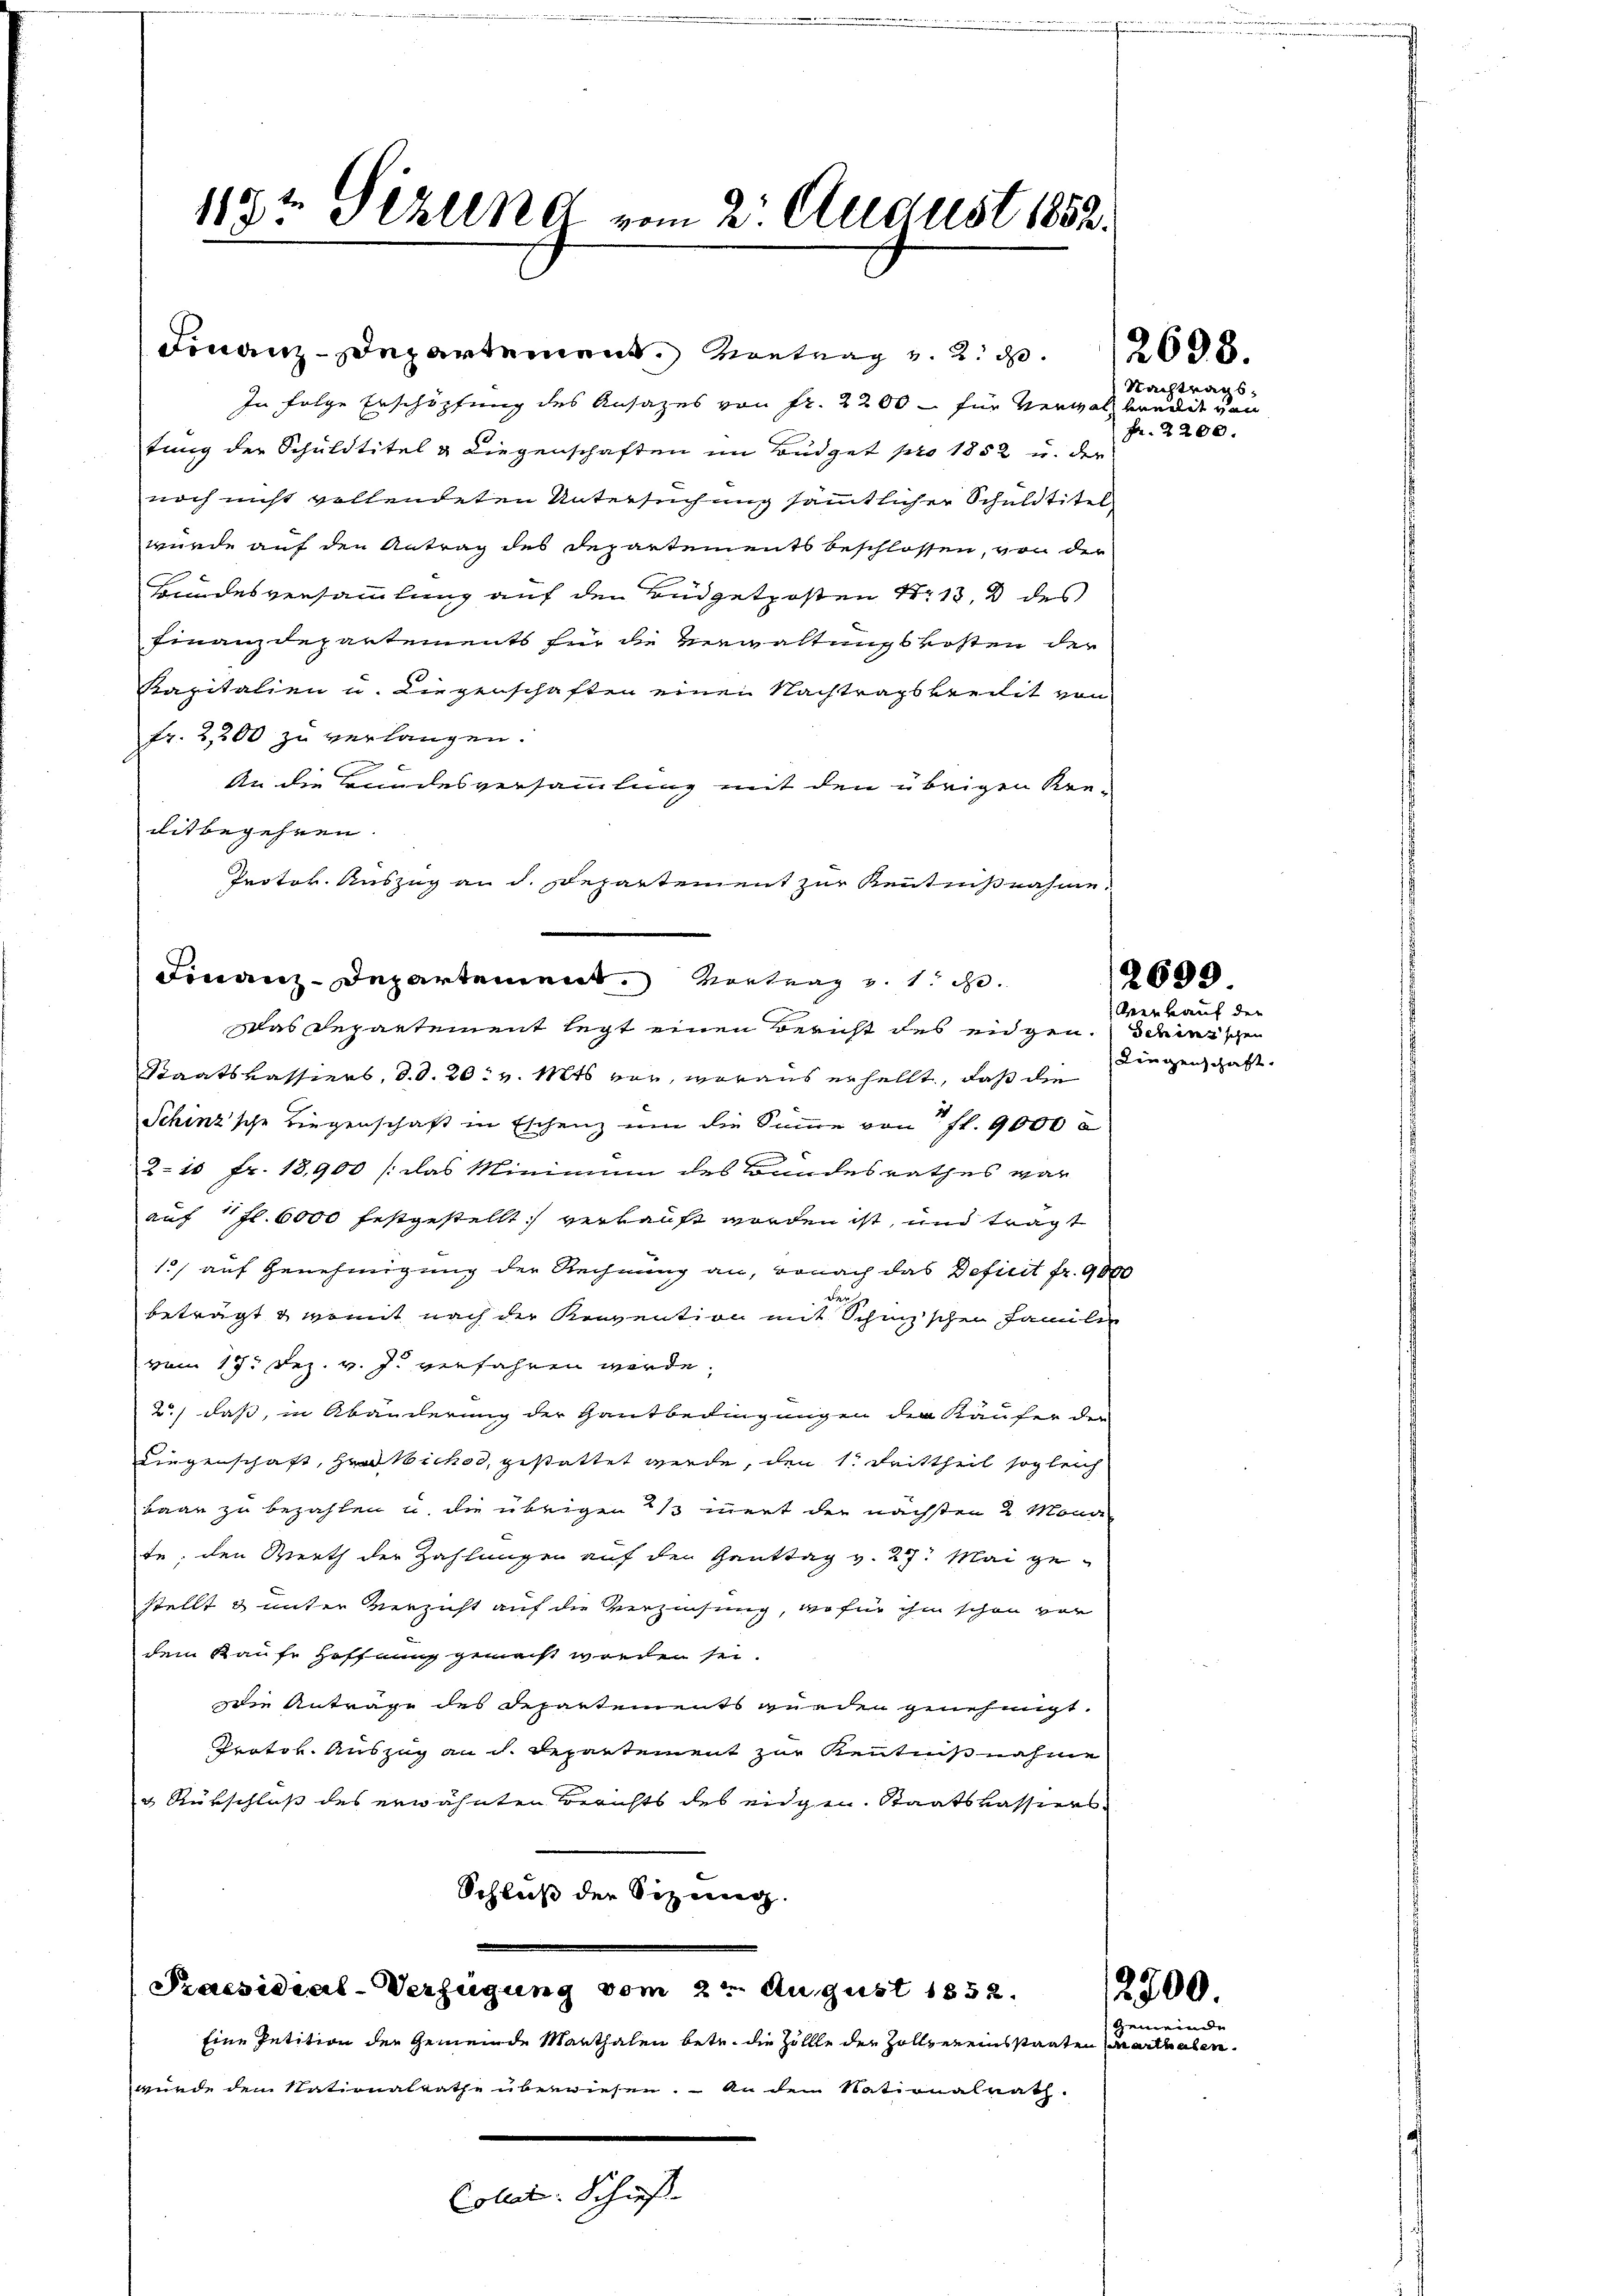
In folge Erschöpfung des Ansatzes von fr. 2200 – für Verwalt bandit von
tung der Schuldtitel & Liegenschaften im Büdget pro 1852 u. der
noch nicht vollendeten Untersuchung sämmtlicher Schuldtitel
wurde auf den Antrag des Departements beschlossen, von der
Bundesversammlung auf den Büdgetposten Nr. 13, 2 des
Finanzdepartements für die Verwaltungskosten der
Kapitalien u. Liegenschaften einen Nachtragskredit von
fr. 2,200 zu verlangen.
An die Bundesversammlung mit den übrigen Kre-
ditbegehren
Protok. Auszug an d. Departement zur Kenntnißnahme.

117t Sizung vom 2. August 1883.

Finanz-Departement. Vortrag v. 1. d.
Das Departement legt einen Bericht des eidgen. Ich mischen

Finanz-Departement. Vortrag v. 2. d.

Collet. Schieß

Staatskassiers, d. d. 20. v. Mts vor, woraus erhellt, daß die
Schinz’sche Liegenschaft in Eschenz um die Summe von fl. 9000
2. 10 Fr. 18,900 (das Minimum des Bandesrathes war
auf 1 fl. 6000 festgestellt verkauft worden ist, und trägt
1) auf Genehmigung der Rechnung an, wonach das Deficit fr. 9000
der
beträgt & womit nach der Konvention mit Schnischen Familie
vom 17. Dez. v. J. verfahren werde.
2.) daß, in Abänderung der Gantbedingungen der Käufer der
Liegenschaft, ich, gestattet werde, den 1. Reittheil sogleich
baan zu bezahlen u. die übrigen / innert der nächsten 2 Mona
te; den Werth der Zahlungen auf den Ganttag v. 27. Mai gestellt & unter Verzicht auf die Verzinsung, wofür ihm schon vor
dem Kaufe Hoffnung gemacht werden sei.
die Anträge des Departements wurden genehmigt.
Protok. Auszug an dh. Departement zur Kenntnißnahme
& Rükschluß des erwähnten Berichts des eidgen. Staatskassiers
Schluß der Sizung.
Praesidial-Verfügung vom 2ten August 1852.
Eine Petition der Gemeinde Marthalen betr. die Zollle der Zollvereinsstaaten Marthe
wurde dem Nationalrathe überwiesen. An dem Nationalrath.

2698.

Nachtrags-
Fr. 2200.

Verkauf der
Liegenschaft.

2699

2700.
gemeinde

bere